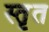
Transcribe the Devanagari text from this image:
स्तृत